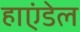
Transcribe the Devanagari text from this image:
हाएंडेल